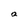
Character: a